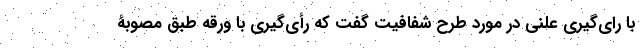
با رای‌گیری علنی در مورد طرح شفافیت گفت که رأی‌گیری با ورقه طبق مصوبۀ